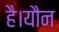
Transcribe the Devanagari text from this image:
है।यौन